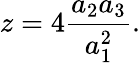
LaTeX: z=4\frac{a_{2}a_{3}}{a_{1}^{2}}.